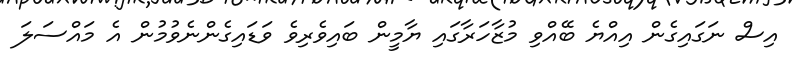
އިސް ނަގައިގެން އިއްޔެ ބޭއްވި މުޒާހަރާގައި ޔާމީން ބައިވެރިވެ ވަޑައިގެންނެވުމުން އެ މައްސަލަ